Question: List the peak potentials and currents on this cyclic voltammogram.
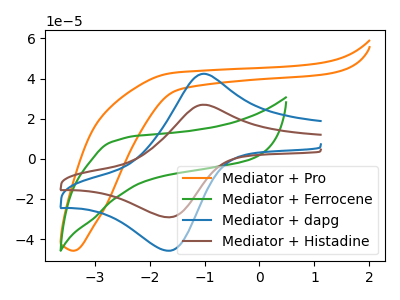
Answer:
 <answer>The orange curve "Mediator + Pro" has no peaks. The green curve "Mediator + Ferrocene" has no peaks. The blue curve "Mediator + dapg" has an anodic peak at (-1.00V, 42.35uA) and a cathodic peak at (-1.65V, -45.85uA). The brown curve "Mediator + Histadine" has an anodic peak at (-1.00V, 26.95uA) and a cathodic peak at (-1.65V, -29.20uA).</answer>
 <eval></eval>